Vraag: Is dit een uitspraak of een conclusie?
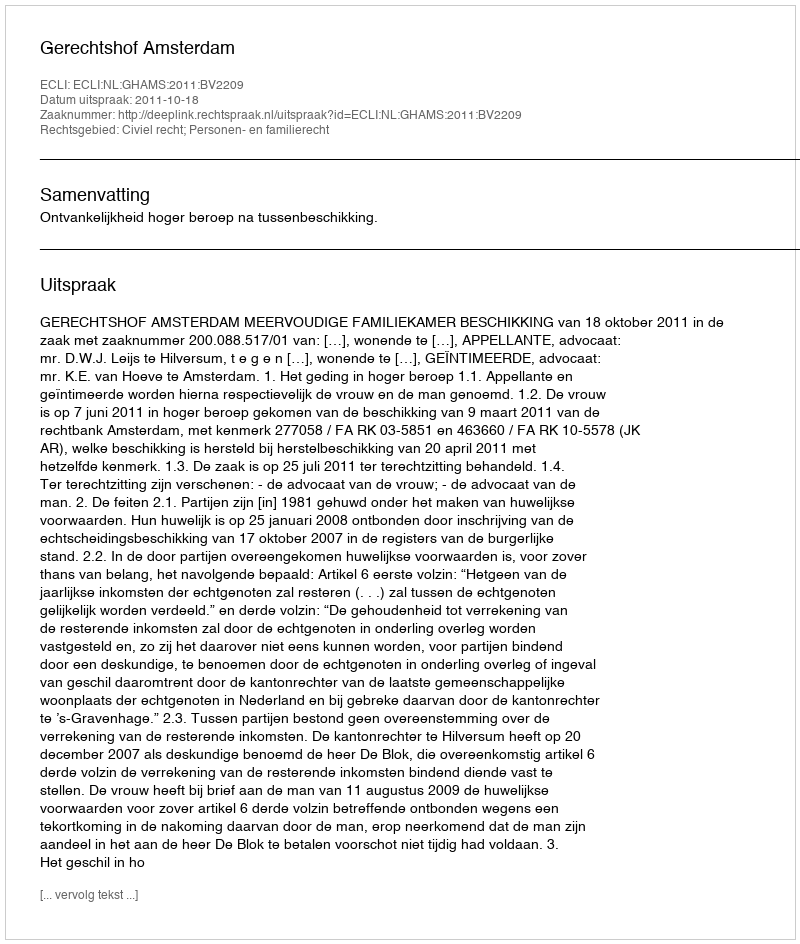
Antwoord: Uitspraak